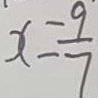
x = \frac { 9 } { 7 }